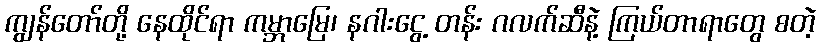
ကျွန်တော်တို့ နေထိုင်ရာ ကမ္ဘာမြေ၊ နဂါးငွေ့ တန်း ဂလက်ဆီနဲ့ ကြယ်တာရာတွေ စတဲ့